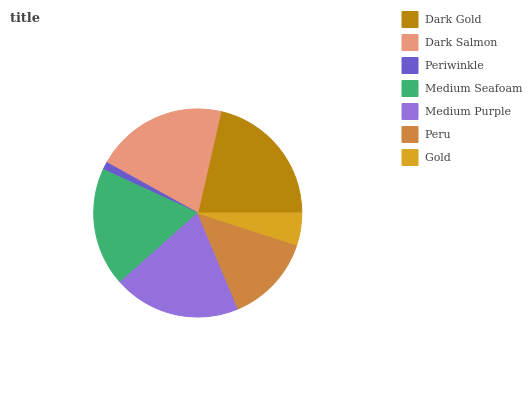
| Dark Gold | Dark Salmon | Periwinkle | Medium Seafoam | Medium Purple | Peru | Gold |
 | --- | --- | --- | --- | --- | --- | --- |
 | 21.5% | 20.5% | 1.19% | 18.5% | 19.7% | 13.7% | 4.98% |